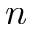
n